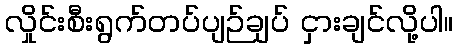
လှိုင်းစီးရွက်တပ်ပျဉ်ချပ် ငှားချင်လို့ပါ။